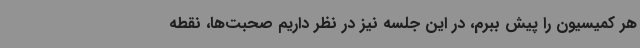
هر کمیسیون را پیش ببرم، در این جلسه نیز در نظر داریم صحبت‌ها، نقطه